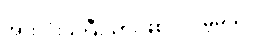
အားလုံးသိပြီးသားဖြစ်ပါလိမ့်မယ်။